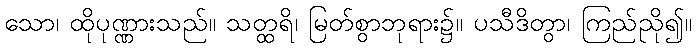
သော၊ ထိုပုဏ္ဏားသည်။ သတ္ထရိ၊ မြတ်စွာဘုရား၌။ ပသီဒိတွာ၊ ကြည်ညို၍။